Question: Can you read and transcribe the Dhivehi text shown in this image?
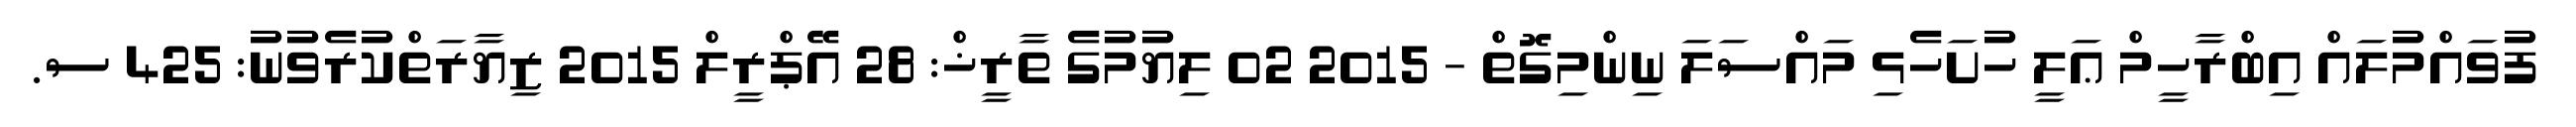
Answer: ފުވައްމުލައް އިބްރާހީމް ޢަލީ ހުށަހެޅި މައްސަލަ ނިންމިގޮތް - 2015 02 ލިޔުމުގެ ތާރީޚް: 28 އޭޕްރީލް 2015 ޒިޔާރަތްކުރެވުނު: 425 ސ.